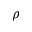
\rho